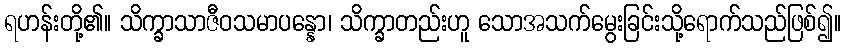
ရဟန်းတို့၏။ သိက္ခာသာဇီဝသမာပန္နော၊ သိက္ခာတည်းဟူ သောအသက်မွေးခြင်းသို့ရောက်သည်ဖြစ်၍။